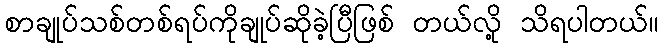
စာချုပ်သစ်တစ်ရပ်ကိုချုပ်ဆိုခဲ့ပြီဖြစ် တယ်လို့ သိရပါတယ်။